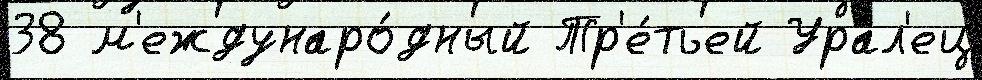
38 м'еждунаро́дный Тр'е́тьей Урал'ец